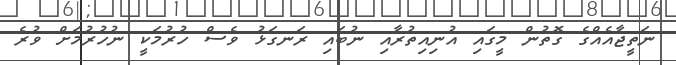
ނަތީޖާއެއްގެ ގޮތުން މީގައި އުނިއިތުރާއި ނުބައި ރަނގަޅު ވެސް ހުރުމަކީ ނުހުރުމަށް ވުރެ